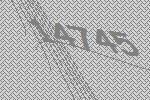
14745